Lunatic asylums Punjab 1868-1880 - 1868-1880
Year: 1868
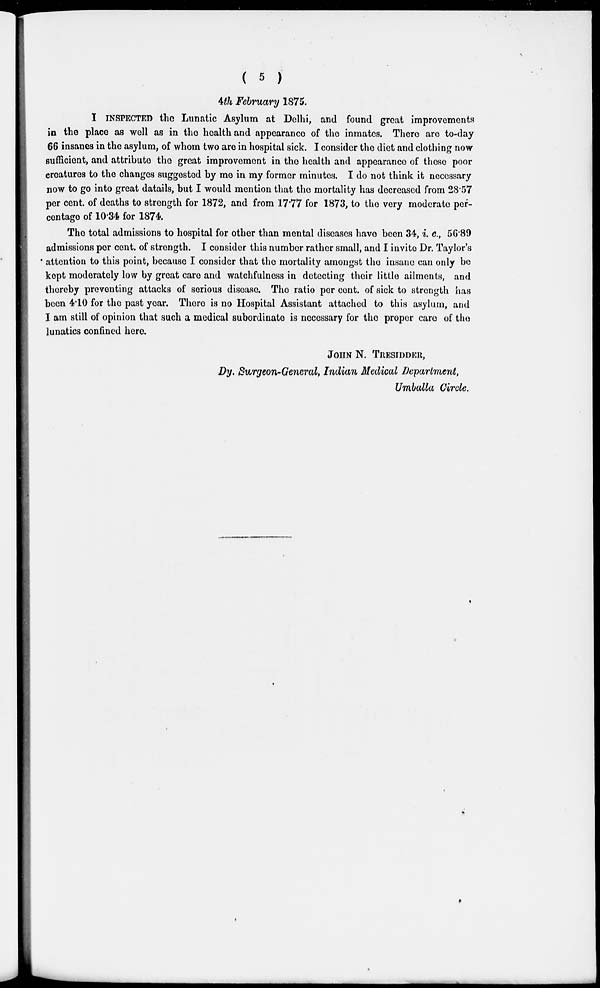
( 5 )
4th February 1875.
I INSPECTED the Lunatic Asylum at Delhi, and found great improvements
in the place as well as in the health and appearance of the inmates. There are to-day
66 insanes in the asylum, of whom two are in hospital sick. I consider the diet and clothing now
sufficient, and attribute the great improvement in the health and appearance of these poor
creatures to the changes suggested by me in my former minutes. I do not think it necessary
now to go into great datails, but I would mention that the mortality has decreased from 28.57
per cent. of deaths to strength for 1872, and from 17.77 for 1873, to the very moderate per-
centage of 10.34 for 1874.
The total admissions to hospital for other than mental diseases have been 34, i. e, 56.89
admissions per cent. of strength. I consider this number rather small, and I invite Dr. Taylor's
attention to this point, because I consider that the mortality amongst the insane can only be
kept moderately low by great care and watchfulness in detecting their little ailments, and
thereby preventing attacks of serious disease. The ratio per cent. of sick to strength has
been 4.10 for the past year. There is no Hospital Assistant attached to this asylum, and
I am still of opinion that such a medical subordinate is necessary for the proper care of the
lunatics confined here.
JOHN N. TRESIDDER,
Dy. Surgeon-General, Indian Medical Department,
Umballa Circle.